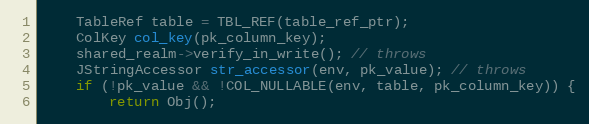
Language: C++
    TableRef table = TBL_REF(table_ref_ptr);
    ColKey col_key(pk_column_key);
    shared_realm->verify_in_write(); // throws
    JStringAccessor str_accessor(env, pk_value); // throws
    if (!pk_value && !COL_NULLABLE(env, table, pk_column_key)) {
        return Obj();